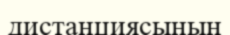
дистанциясының